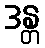
ဒန္တ